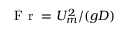
\displaystyle \mathrm { ~ F ~ r ~ } = U _ { m } ^ { 2 } / ( g D )